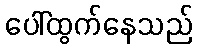
ပေါ်ထွက်နေသည်